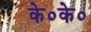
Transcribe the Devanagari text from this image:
के०के०